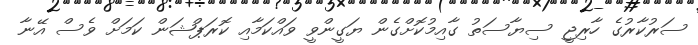
ސަރުކާރުގެ ހާރިޖީ ސިޔާސަތު ގާއިމުކޮށްގެން ޔަގީންވީ ވައްކަމާއި ކޮރަޕްޝަން ކަމަށް ވެސް އޭނާ